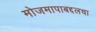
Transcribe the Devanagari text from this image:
मोजमापाबद्दलचा